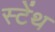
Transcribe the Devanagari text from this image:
स्‍टेंथ